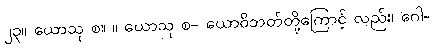
၂၃။ ယောသု စ။ ။ ယောသု စ- ယောဝိဘတ်တို့ကြောင့် လည်း၊ ဂေါ-